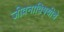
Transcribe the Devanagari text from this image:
जीवनाविषयीचे